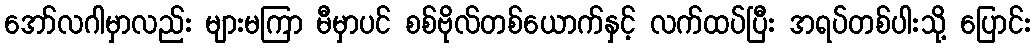
အော်လဂါမှာလည်း များမကြာ မီမှာပင် စစ်ဗိုလ်တစ်ယောက်နှင့် လက်ထပ်ပြီး အရပ်တစ်ပါးသို့ ပြောင်း